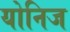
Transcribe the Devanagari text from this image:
योनिज